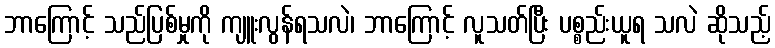
ဘာကြောင့် သည်ပြစ်မှုကို ကျူးလွန်ရသလဲ၊ ဘာကြောင့် လူသတ်ပြီး ပစ္စည်းယူရ သလဲ ဆိုသည့်